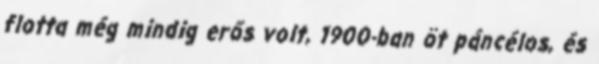
flotta még mindig erős volt, 1900-ban öt páncélos, és